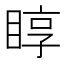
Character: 𥇜